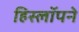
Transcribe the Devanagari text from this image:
हिस्लॉपने